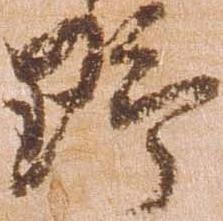
野